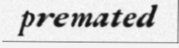
premated